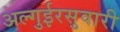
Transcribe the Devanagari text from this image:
अल्गुईरसुवारी